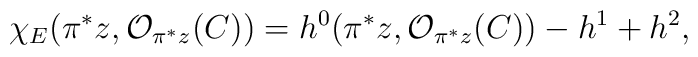
\chi_{E} (\pi^* z, {\cal O}_{\pi^* z}(C))=h^{0} (\pi^* z, {\cal O}_{\pi^* z}(C))-h^1 +h^2,